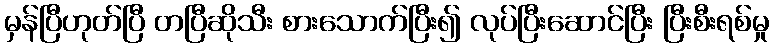
မှန်ပြီဟုတ်ပြီ တပြီဆိုသီး စားသောက်ပြီး၍ လုပ်ပြီးဆောင်ပြီး ပြီးစီးရစ်မှု